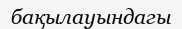
бақылауындагы